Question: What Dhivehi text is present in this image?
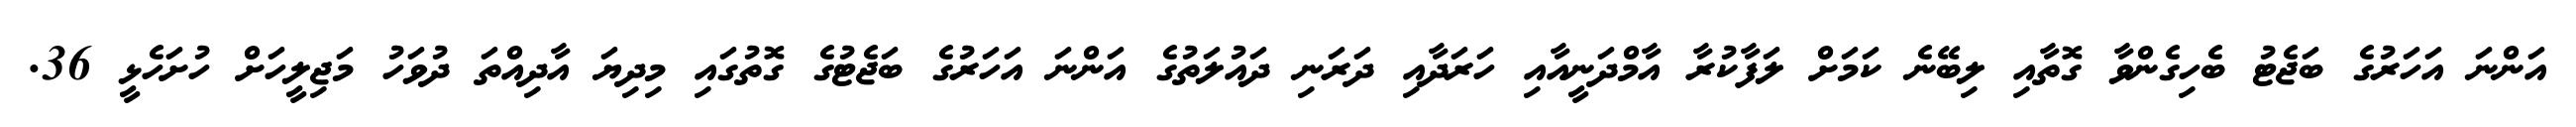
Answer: އަންނަ އަހަރުގެ ބަޖެޓު ބެހިގެންވާ ގޮތާއި ލިބޭނެ ކަމަށް ލަފާކުރާ އާމްދަނީއާއި ހަރަދާއި ދަރަނި ދައުލަތުގެ އަންނަ އަހަރުގެ ބަޖެޓުގެ ގޮތުގައި މިދިޔަ އާދިއްތަ ދުވަހު މަޖިލީހަށް ހުށަހެޅީ 36.